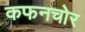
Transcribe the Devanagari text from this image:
कफनचोर